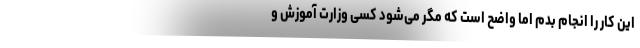
این کار را انجام بدم اما واضح است که مگر می‌شود کسی وزارت آموزش و